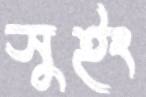
সুইং